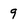
Character: 9